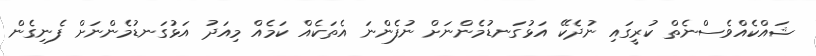
ޝައްކެއްވެސްނެތް ކުރީގައި ނުދެކޭ އަޅުގަނޑުމެންނަށް ނުފެންނަ އެތަކެއް ކަމެއް މިއަދު އަޅުގަނޑުމެންނަށް ފެނިގެން